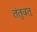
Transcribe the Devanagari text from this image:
तंतुवत्